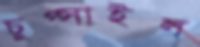
চুপ্‌সাইল